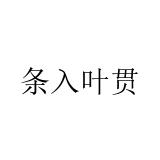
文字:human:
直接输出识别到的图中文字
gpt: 条入叶贯